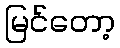
မြင်တော့